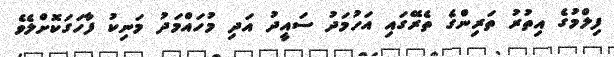
ފިލްމުގެ އިތުރު ތަރިންގެ ތެރޭގައި އަހުމަދު ސައީދު އަދި މުހައްމަދު މަނިކު ފާހަގަކޮށްލެވެ